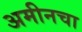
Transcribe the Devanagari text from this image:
अमीनचा